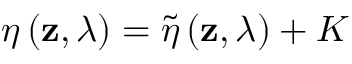
\eta \left( \mathbf { z } , \lambda \right) = \widetilde { \eta } \left( \mathbf { z } , \lambda \right) + K